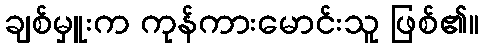
ချစ်မှူးက ကုန်ကားမောင်းသူ ဖြစ်၏။